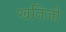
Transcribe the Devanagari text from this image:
खनिजी